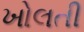
ખોલતી